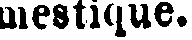
mestique.